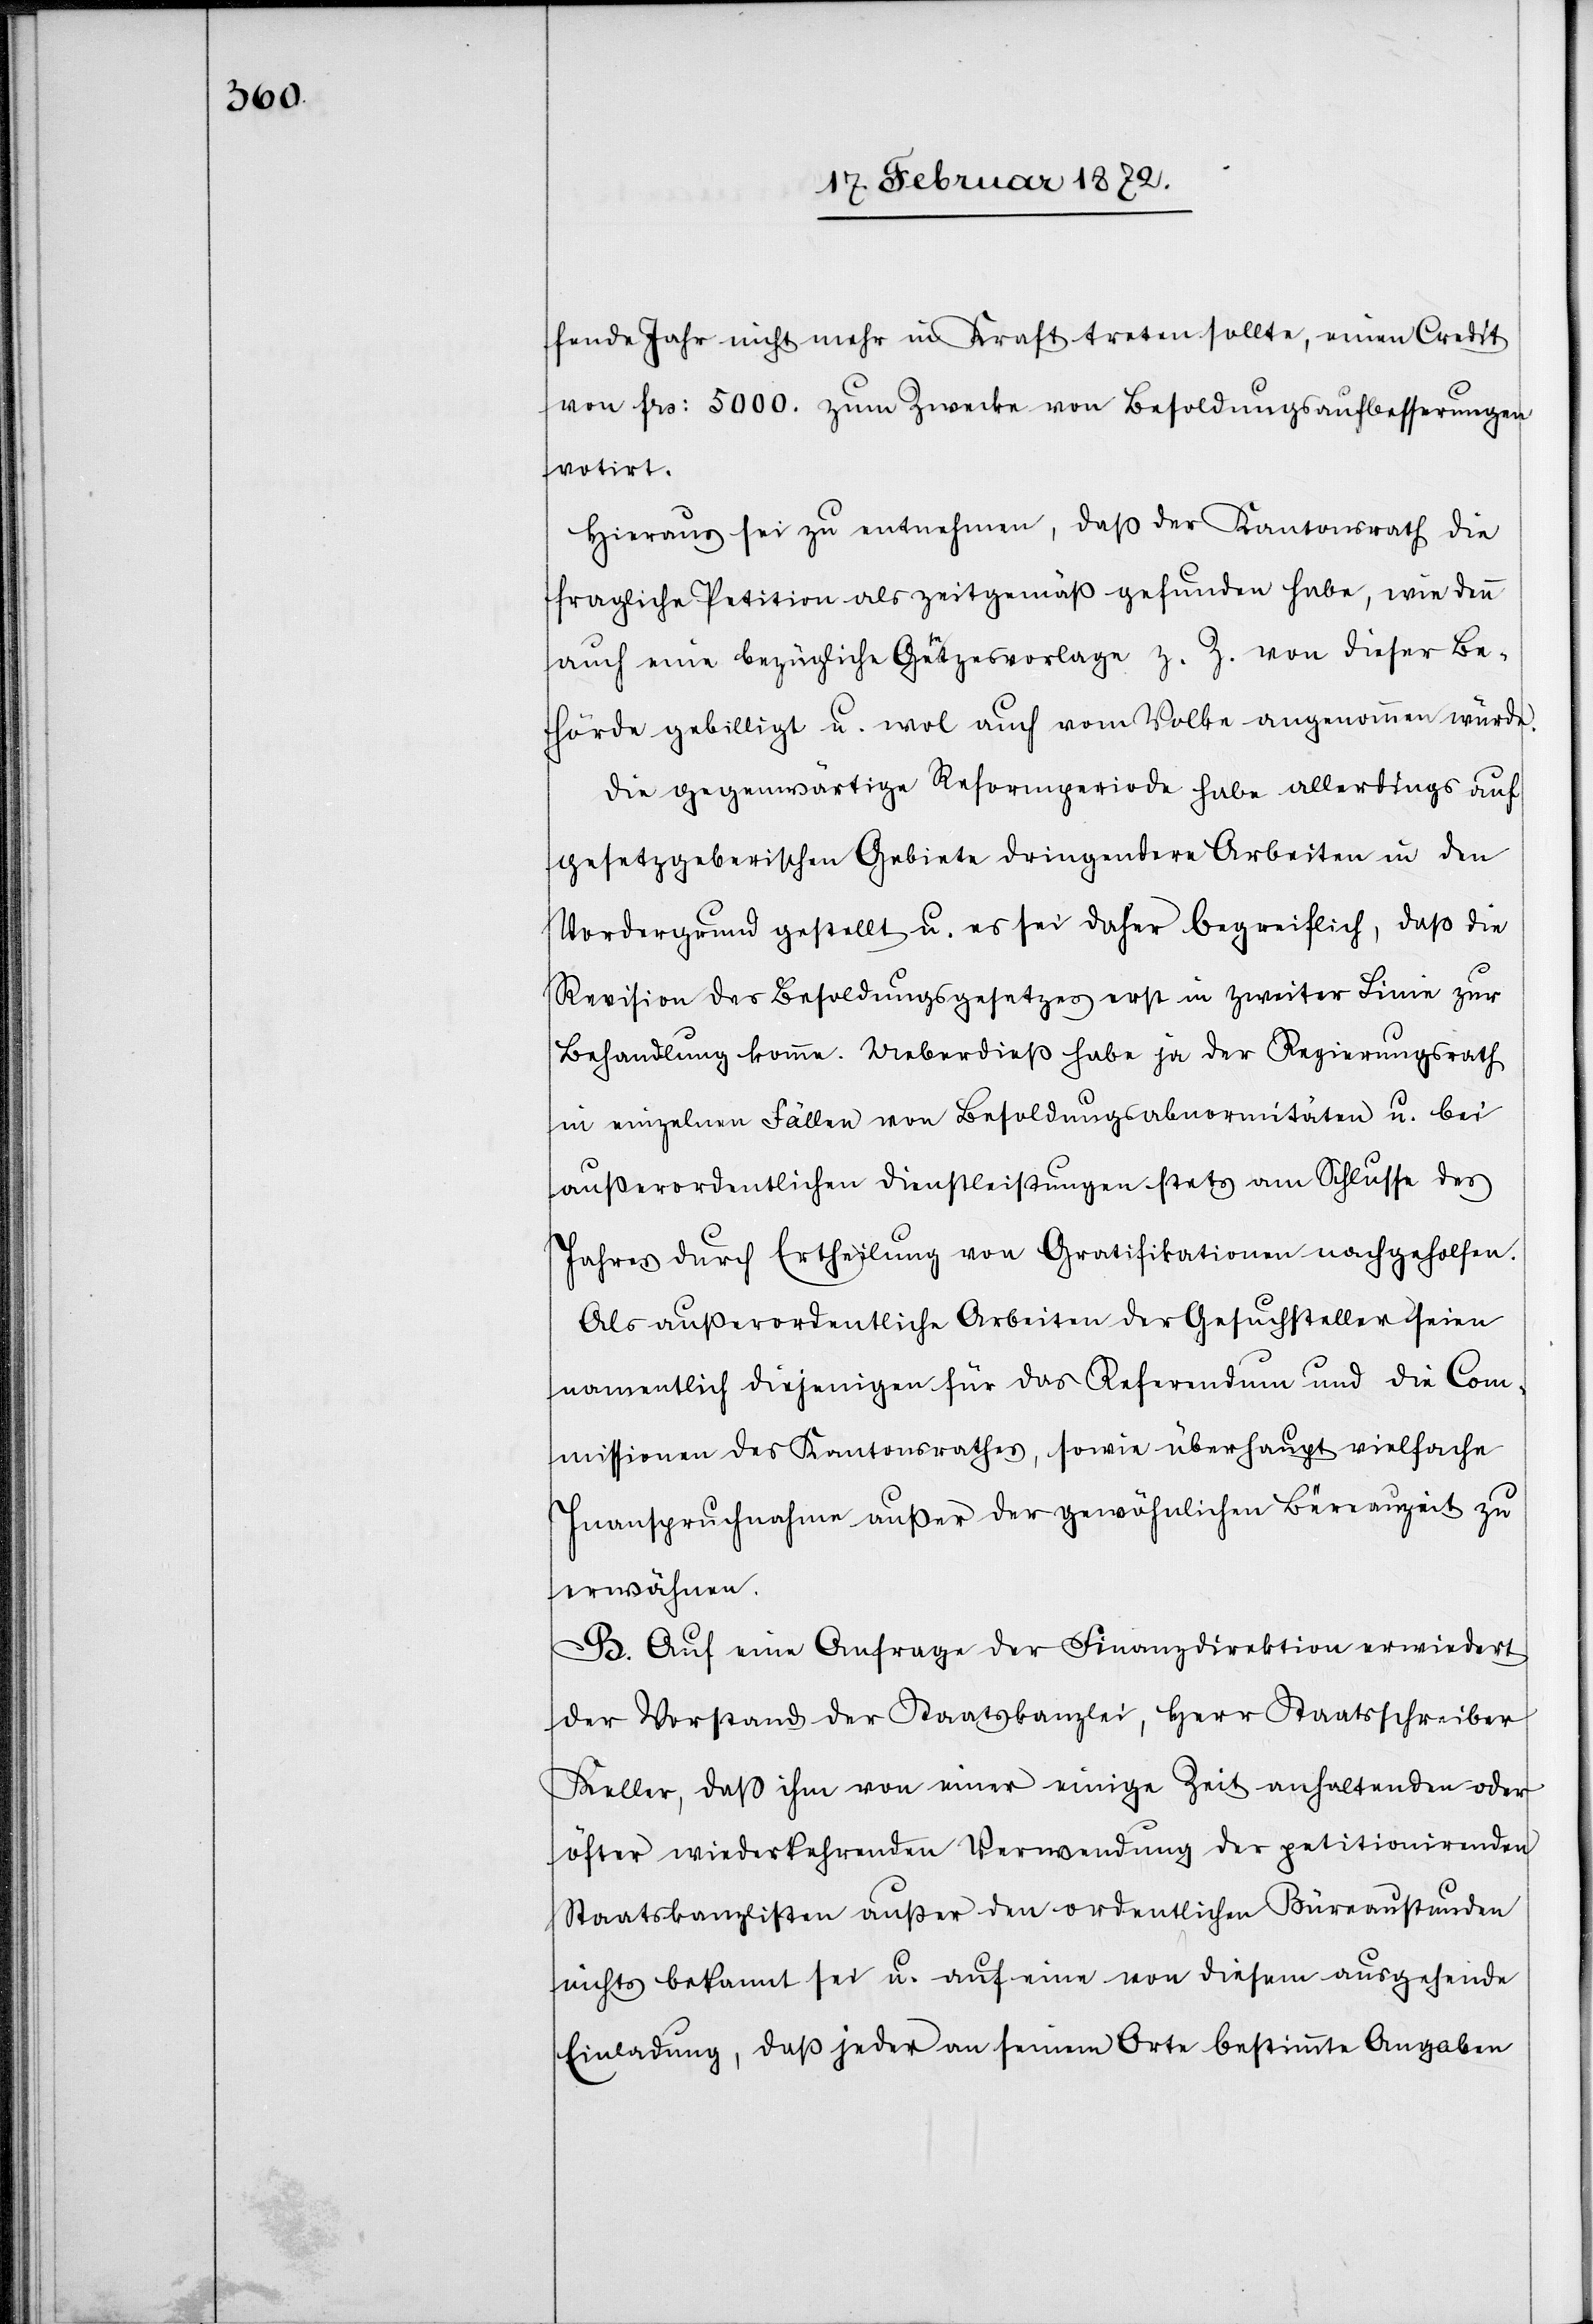
fende Jahr nicht mehr in Kraft treten sollte, einen Credit
von frs. 5000. zum Zwecke von Besoldungsaufbesserungen
notirt.
Hieraus sei zu entnehmen, daß der Kantonsrath die
fragliche Petition als zeitgemäß gefunden habe, wie denn
auch eine bezügliche Gesetzvorlage z. Z. von dieser Be¬
hörde gebilligt u. wol auch vom Volke angenommen würde.
Die gegenwärtige Reformperiode habe allerdings auf
gesetzgeberischen Gebiete dringendere Arbeiten in den
Vordergrund gestellt u. es sei daher begreiflich, daß die
Revision des Besoldungsgesetzes erst in zweiter Linie zur
Behandlung komme. Ueberdieß habe ja der Regierungsrath
in einzelnen Fällen von Besoldungsabnormitäten u. bei
außerordentlichen Dienstleistungen stets am Schlusse des
Jahres durch Ertheilung von Gratifikationen nachgeholfen.
Aus außerordentliche Arbeiten der Gesuchstellen seien
namentlich diejenigen für das Referendum und die Com¬
missionen des Kantonsrathes, sowie überhaupt vielfache
Inanspruchnahme außer der gewöhnlichen Büreauzeit zu
erwähnen.
B. Auf eine Anfrage der Finanzdirektion erwiedert
der Vorstand der Staatskanzlei, Herr Staatsschreiber
Keller, daß ihm von einer einige Zeit anhaltenden oder
öfter wiederkehrenden Verwendung der petitionirenden
Staatskanzlisten außer den ordentlichen Büreaustunden
nichts bekannt sei u. auf eine von diesem ausgehende
Einladung, daß jeder an seinem Orte bestimmte Angaben